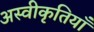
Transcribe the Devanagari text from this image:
अस्वीकृतियाँ